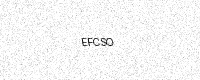
Text: EFCSO